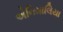
એનિમાલિયા